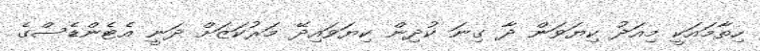
ހިތާމައަކީ މިއަދު ކިޔަވަން ދާ ގިނަ ކުދިން ކިޔަވައިދޭ މަރުކަޒަށް ދަނީ އެޓެންޑެސްގެ